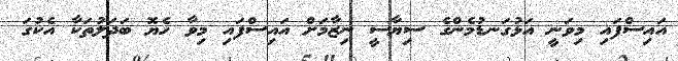
އައިސްފައި މިވަނީ އަޅުގަނޑުމެންގެ ސިޔާސީ ނިޒާމަށް އައިސްފައި މިވާ ހެޔޮ ބަދަލުތަކާ އެކުގަ